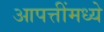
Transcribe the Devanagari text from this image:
आपत्तींमध्ये